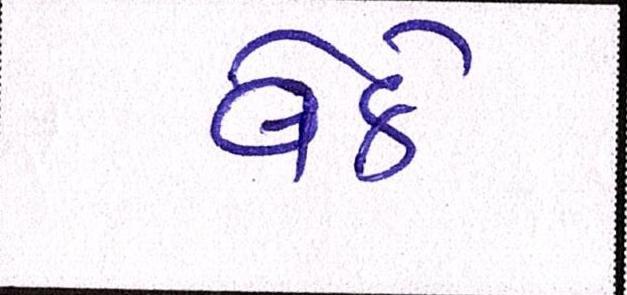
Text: વેઠે